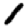
Digit: 1